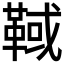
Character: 𩋉